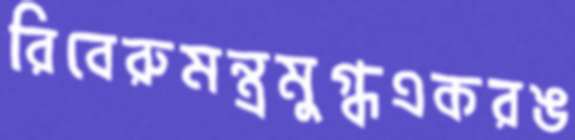
রিবেরুমন্ত্রমুগ্ধএকরঙ